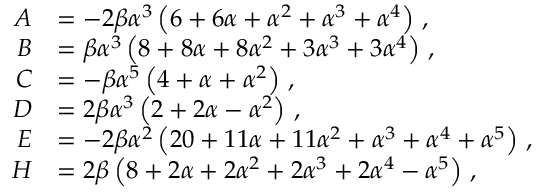
\begin{array} { r l } { A } & { = - 2 \beta \alpha ^ { 3 } \left( 6 + 6 \alpha + \alpha ^ { 2 } + \alpha ^ { 3 } + \alpha ^ { 4 } \right) \, , } \\ { B } & { = \beta \alpha ^ { 3 } \left( 8 + 8 \alpha + 8 \alpha ^ { 2 } + 3 \alpha ^ { 3 } + 3 \alpha ^ { 4 } \right) \, , } \\ { C } & { = - \beta \alpha ^ { 5 } \left( 4 + \alpha + \alpha ^ { 2 } \right) \, , } \\ { D } & { = 2 \beta \alpha ^ { 3 } \left( 2 + 2 \alpha - \alpha ^ { 2 } \right) \, , } \\ { E } & { = - 2 \beta \alpha ^ { 2 } \left( 2 0 + 1 1 \alpha + 1 1 \alpha ^ { 2 } + \alpha ^ { 3 } + \alpha ^ { 4 } + \alpha ^ { 5 } \right) \, , } \\ { H } & { = 2 \beta \left( 8 + 2 \alpha + 2 \alpha ^ { 2 } + 2 \alpha ^ { 3 } + 2 \alpha ^ { 4 } - \alpha ^ { 5 } \right) \, , } \end{array}